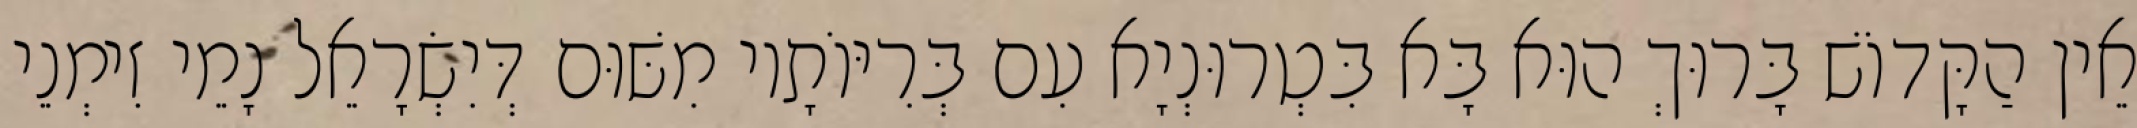
אֵין הַקָּדוֹשׁ בָּרוּךְ הוּא בָּא בִּטְרוּנְיָא עִם בְּרִיּוֹתָיו מִשּׁוּם דְּיִשְׂרָאֵל נָמֵי זִימְנֵי